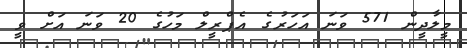
މީލާދީން 571 ވަނަ އަހަރުގެ އެޕްރީލް މަހުގެ 20 ވަނަ އަށް ވީ